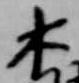
木